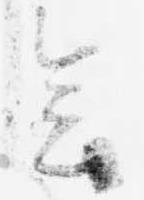
会